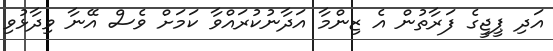
އަދި ޕީޖީގެ ފަރާތުން އެ ޒިންމާ އަދާނުކުރައްވާ ކަމަށް ވެސް އޭނާ ވިދާޅުވި